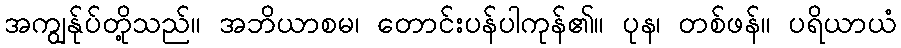
အကျွန်ုပ်တို့သည်။ အဘိယာစမ၊ တောင်းပန်ပါကုန်၏။ ပုန၊ တစ်ဖန်။ ပရိယာယံ